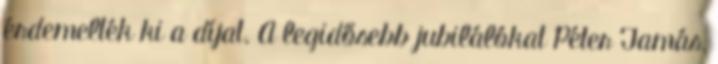
érdemelték ki a díjat. A legidősebb jubilálókat Péter Tamás,